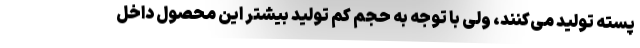
پسته تولید می‌کنند، ولی با توجه به حجم کم تولید بیشتر این محصول داخل